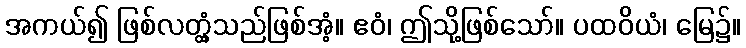
အကယ်၍ ဖြစ်လတ္တံ့သည်ဖြစ်အံ့။ ဧဝံ၊ ဤသို့ဖြစ်သော်။ ပထဝိယံ၊ မြေ၌။